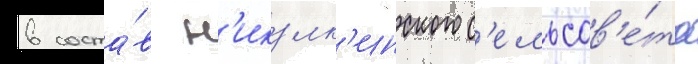
в соста́в н'икулк'инского с'ельсов'е́та